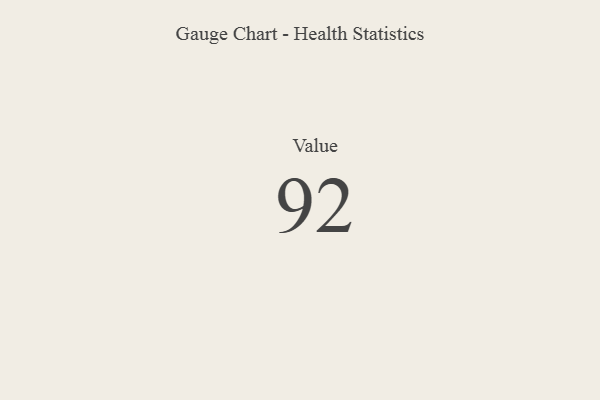
{"axis": {"x": "Metric", "y": "Value"}, "legend": [""], "data": [{"x": "Value", "y": 92, "type": ""}]}